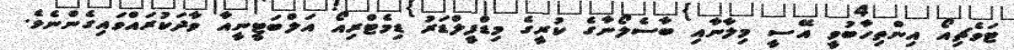
ޓަވެޗިއޯ އިންތިހާބުވީ އޭސީ މިލާނާއި ބާސެލޯނާގެ ކުރީގެ މިޑްފީލްޑަރު ޑިމެޓްރިއޯ އަލްބަޓީނީއާ ވާދަކުރައްވައިގެންނެވެ.